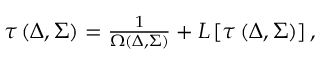
\begin{array} { r } { \tau \left( \Delta , \Sigma \right) = \frac { 1 } { \Omega ( \Delta , \Sigma ) } + { \cal L } \left[ \tau \left( \Delta , \Sigma \right) \right] , } \end{array}